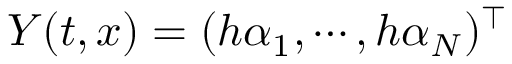
Y ( t , x ) = ( h \alpha _ { 1 } , \cdots , h \alpha _ { N } ) ^ { \top }